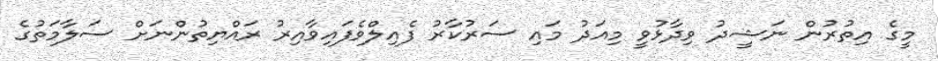
މީގެ އިތުރުން ނަޝީދު ވިދާޅުވީ މިއަދު މައި ސަރުކާރު ފެއިލްވެފައިވާއިރު ރައްޔިތުންނަށް ސަލާމަތުގެ